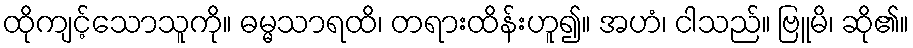
ထိုကျင့်သောသူကို။ ဓမ္မသာရထိ၊ တရားထိန်းဟူ၍။ အဟံ၊ ငါသည်။ ဗြူမိ၊ ဆို၏။